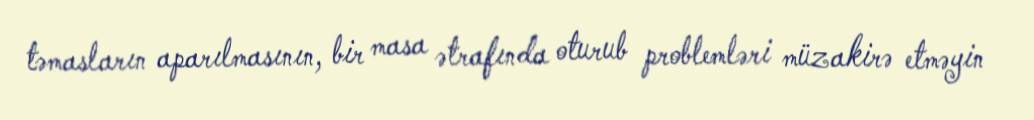
təmasların aparılmasının, bir masa ətrafında oturub problemləri müzakirə etməyin